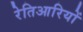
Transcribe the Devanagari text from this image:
रेतिआरियों